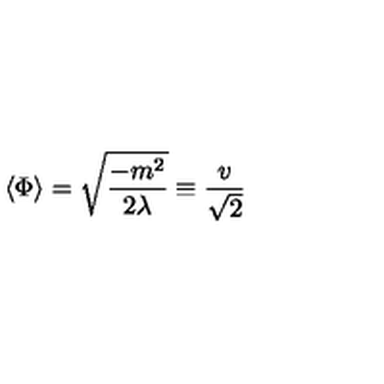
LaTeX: \langle \Phi \rangle = { \sqrt { \frac { - m ^ { 2 } } { 2 \lambda } } } \equiv { \frac { v } { \sqrt { 2 } } }